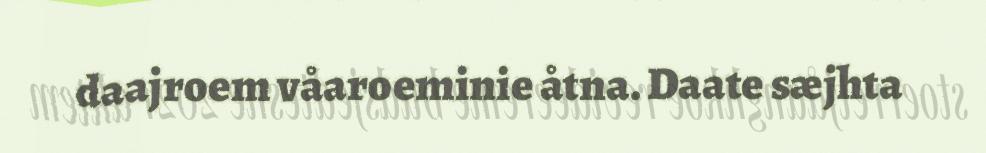
daajroem våaroeminie åtna. Daate sæjhta